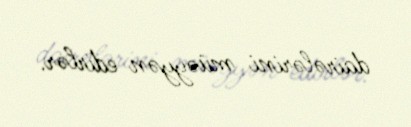
dairələrini müəyyən edirlər.